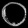
Digit: ၀